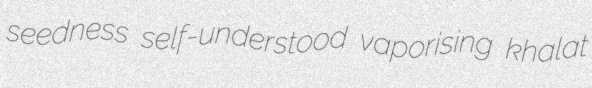
seedness self-understood vaporising khalat